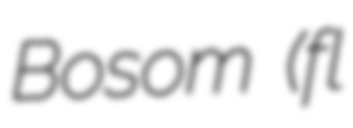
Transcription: Bosom (fl